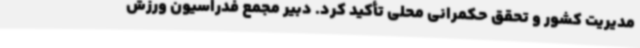
مدیریت کشور و تحقق حکمرانی محلی تأکید کرد. دبیر مجمع فدراسیون ورزش